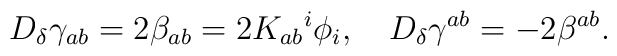
D_{\delta} \gamma_{ab} = 2 \beta_{ab} = 2 K_{ab} {^{i}}\phi_{i}, \quad D_{\delta} \gamma^{ab} = - 2 \beta^{ab}.